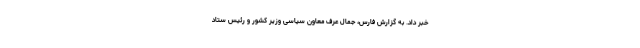
خبر داد. به گزارش فارس، جمال عرف معاون سیاسی وزیر کشور و رئیس ستاد